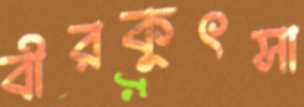
বীরকুৎসা